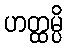
ဟတ္ထမ္ပိ